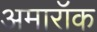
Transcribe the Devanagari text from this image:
अमारॉक